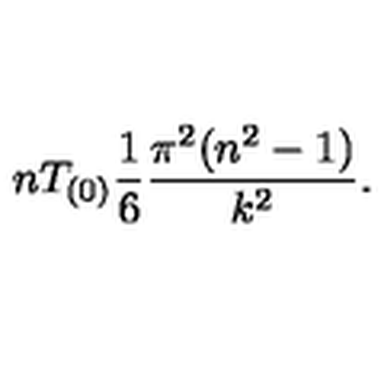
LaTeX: n T _ { ( 0 ) } { \frac { 1 } { 6 } } { \frac { \pi ^ { 2 } ( n ^ { 2 } - 1 ) } { k ^ { 2 } } } .